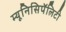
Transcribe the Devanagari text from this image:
म्यूनिसिपॅलिटी